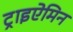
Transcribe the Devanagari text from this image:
ट्राइऐमिन